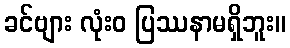
ခင်ဗျား လုံးဝ ပြဿနာမရှိဘူး။